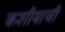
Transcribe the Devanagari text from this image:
कशीयाची